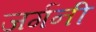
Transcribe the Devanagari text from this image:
जर्गनी